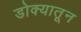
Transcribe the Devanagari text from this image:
डोक्‍यातून